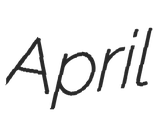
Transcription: April